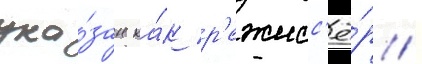
ука́зан ка́к р'ежисс'ё́р /